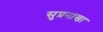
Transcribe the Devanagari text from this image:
सुप्रनाखा